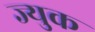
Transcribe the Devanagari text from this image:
ज्युक